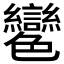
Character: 𦫲